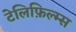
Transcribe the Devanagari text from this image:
टेलिफ़िल्म्स